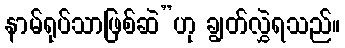
နာမ်ရုပ်သာဖြစ်ဆဲ”ဟု ချွတ်လွှဲရသည်။